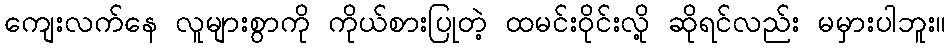
ကျေးလက်နေ လူများစွာကို ကိုယ်စားပြုတဲ့ ထမင်းဝိုင်းလို့ ဆိုရင်လည်း မမှားပါဘူး။